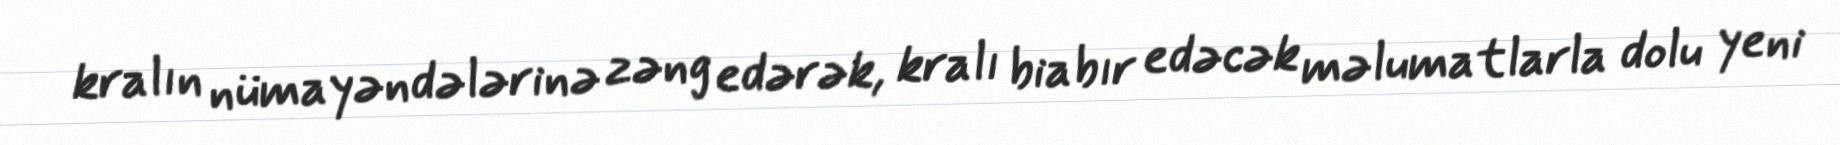
kralın nümayəndələrinə zəng edərək, kralı biabır edəcək məlumatlarla dolu yeni